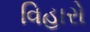
વિહારો